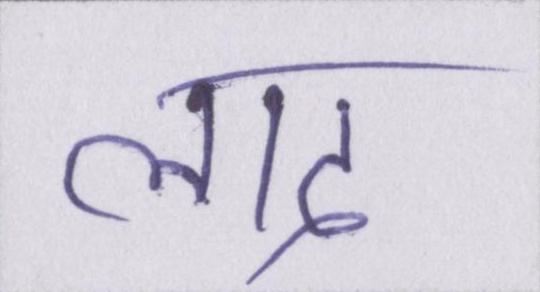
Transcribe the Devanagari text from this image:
लाद